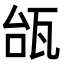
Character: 瓵